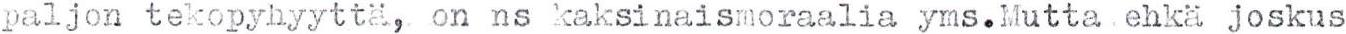
paljon tekopyhyyttä, on ns kaksinaismoraalia yms.Mutta . ehkä joskus